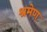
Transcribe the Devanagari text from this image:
श्रमेण